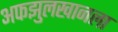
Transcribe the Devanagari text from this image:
अफझुलखानला